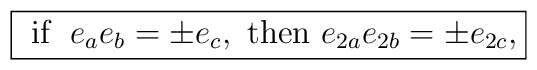
\fbox{$\mbox{ if } \; e_{a}e_{b}=\pm e_{c}, \mbox{ then } e_{2a}e_{2b}=\pm e_{2c},$}